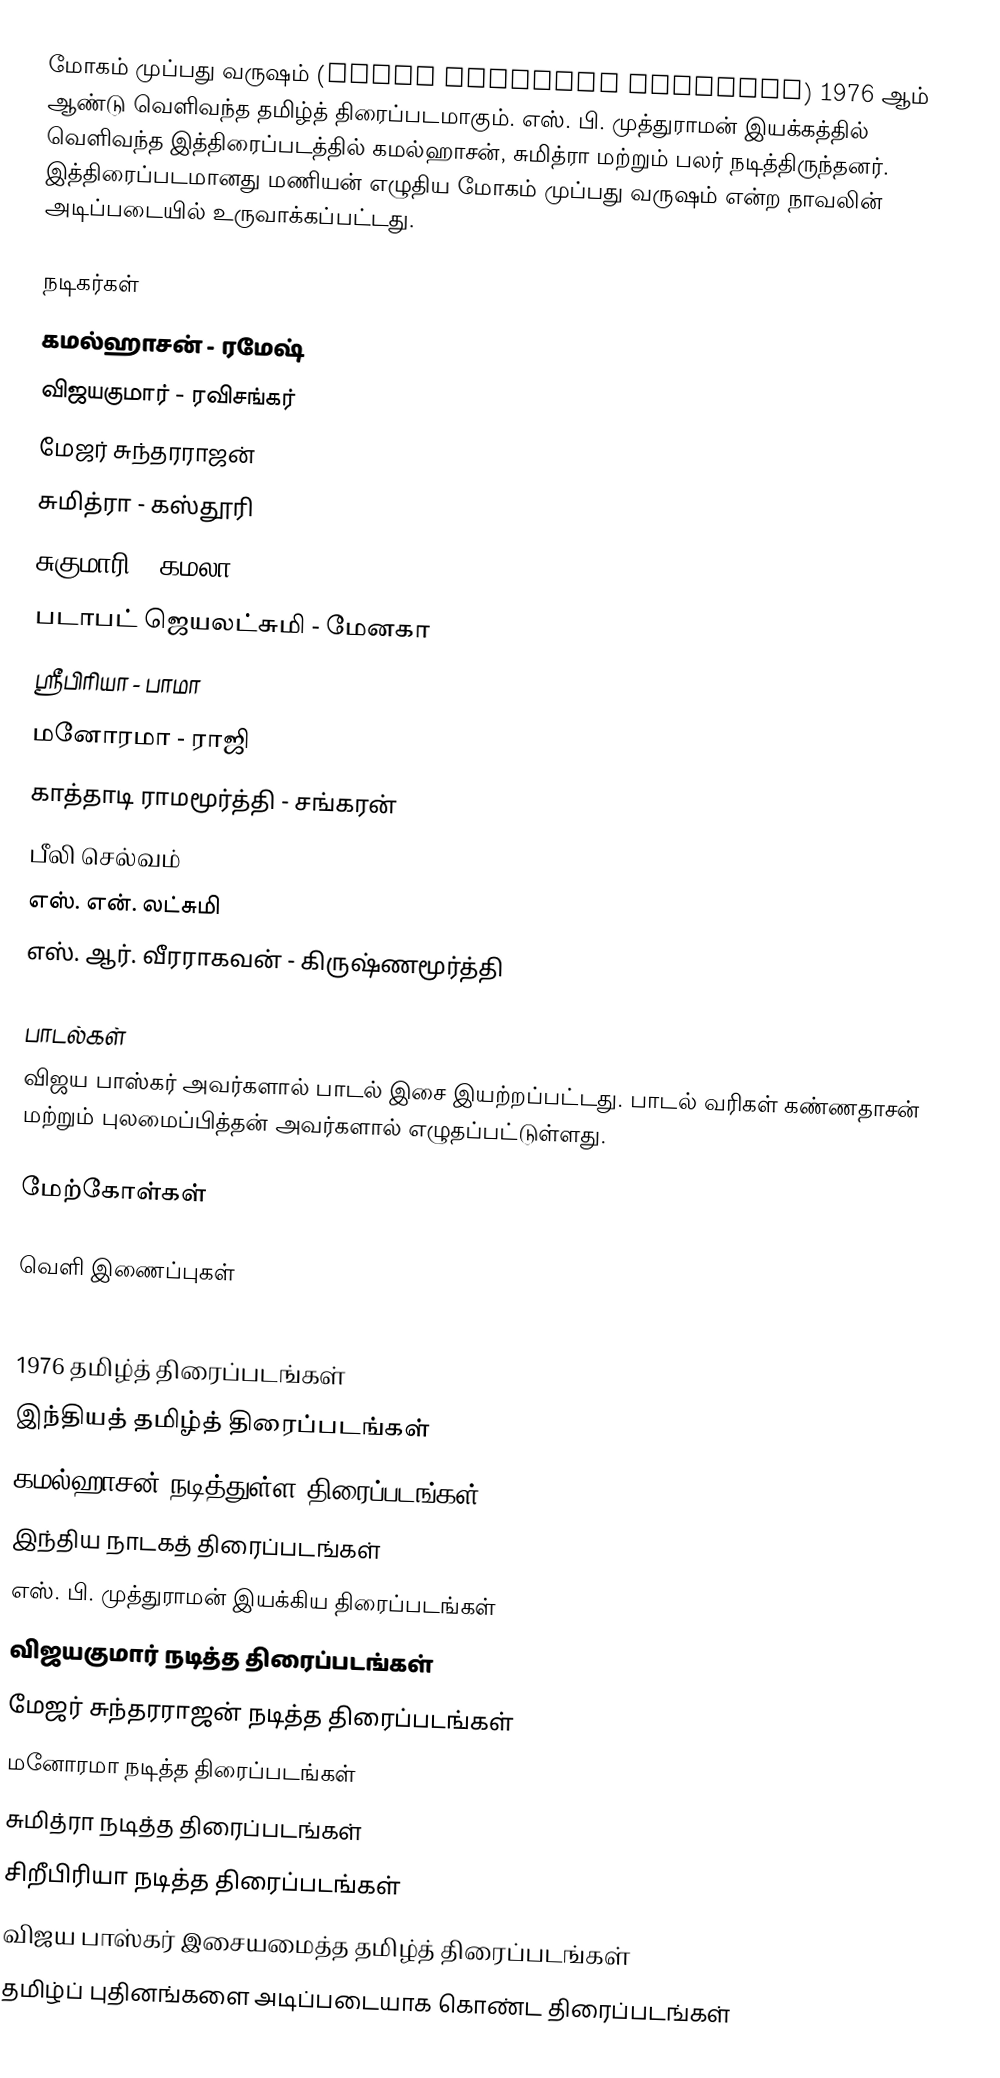
மோகம் முப்பது வருஷம்  (Mogam Muppadhu Varusham) 1976 ஆம் ஆண்டு வெளிவந்த தமிழ்த் திரைப்படமாகும். எஸ். பி. முத்துராமன் இயக்கத்தில் வெளிவந்த இத்திரைப்படத்தில் கமல்ஹாசன், சுமித்ரா மற்றும் பலர் நடித்திருந்தனர். இத்திரைப்படமானது மணியன் எழுதிய மோகம் முப்பது வருஷம் என்ற நாவலின் அடிப்படையில் உருவாக்கப்பட்டது.

நடிகர்கள்
 கமல்ஹாசன் - ரமேஷ்
 விஜயகுமார் - ரவிசங்கர்
 மேஜர் சுந்தரராஜன்
 சுமித்ரா - கஸ்தூரி
 சுகுமாரி - கமலா
 படாபட் ஜெயலட்சுமி - மேனகா
 ஸ்ரீபிரியா - பாமா
 மனோரமா - ராஜி
 காத்தாடி ராமமூர்த்தி - சங்கரன்
 பீலி செல்வம்
 எஸ். என். லட்சுமி
 எஸ். ஆர். வீரராகவன் - கிருஷ்ணமூர்த்தி

பாடல்கள்
விஜய பாஸ்கர் அவர்களால் பாடல் இசை இயற்றப்பட்டது. பாடல் வரிகள் கண்ணதாசன் மற்றும் புலமைப்பித்தன் அவர்களால் எழுதப்பட்டுள்ளது.

மேற்கோள்கள்

வெளி இணைப்புகள்

1976 தமிழ்த் திரைப்படங்கள்
இந்தியத் தமிழ்த் திரைப்படங்கள்
கமல்ஹாசன் நடித்துள்ள திரைப்படங்கள்
இந்திய நாடகத் திரைப்படங்கள்
எஸ். பி. முத்துராமன் இயக்கிய திரைப்படங்கள்
விஜயகுமார் நடித்த திரைப்படங்கள்
மேஜர் சுந்தரராஜன் நடித்த திரைப்படங்கள்
மனோரமா நடித்த திரைப்படங்கள்
சுமித்ரா நடித்த திரைப்படங்கள்
சிறீபிரியா நடித்த திரைப்படங்கள்
விஜய பாஸ்கர் இசையமைத்த தமிழ்த் திரைப்படங்கள்
தமிழ்ப் புதினங்களை அடிப்படையாக கொண்ட திரைப்படங்கள்